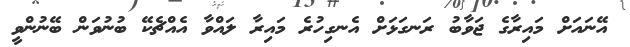
އޭނައަށް މައިރާގެ ޖަވާބު ރަނގަޅަށް އެނގިހުރެ މައިރާ ލައްވާ އެއްޗެކޭ ބުނުވަން ބޭނުންވީ